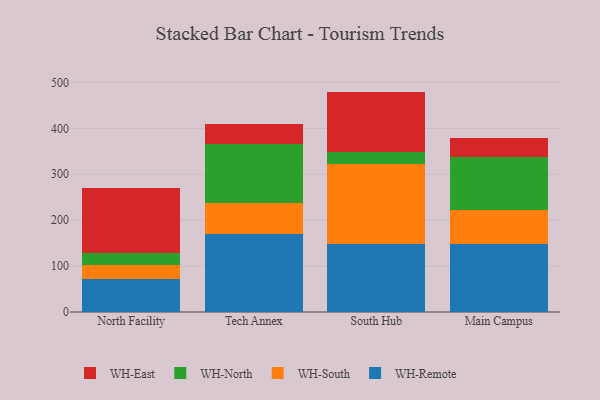
{"axis": {"x": "Campus", "y": "Market Share (%)"}, "legend": ["WH-East", "WH-North", "WH-Remote", "WH-South"], "data": [{"x": "North Facility", "y": 72.2, "type": "WH-Remote"}, {"x": "North Facility", "y": 31.0, "type": "WH-South"}, {"x": "North Facility", "y": 24.8, "type": "WH-North"}, {"x": "North Facility", "y": 142.3, "type": "WH-East"}, {"x": "Tech Annex", "y": 169.0, "type": "WH-Remote"}, {"x": "Tech Annex", "y": 67.5, "type": "WH-South"}, {"x": "Tech Annex", "y": 130.2, "type": "WH-North"}, {"x": "Tech Annex", "y": 43.3, "type": "WH-East"}, {"x": "South Hub", "y": 147.5, "type": "WH-Remote"}, {"x": "South Hub", "y": 174.3, "type": "WH-South"}, {"x": "South Hub", "y": 26.8, "type": "WH-North"}, {"x": "South Hub", "y": 131.4, "type": "WH-East"}, {"x": "Main Campus", "y": 148.3, "type": "WH-Remote"}, {"x": "Main Campus", "y": 73.2, "type": "WH-South"}, {"x": "Main Campus", "y": 116.4, "type": "WH-North"}, {"x": "Main Campus", "y": 40.6, "type": "WH-East"}]}